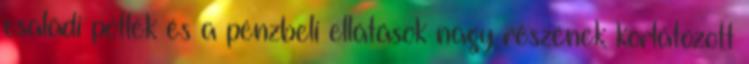
családi pótlék és a pénzbeli ellátások nagy részének korlátozott